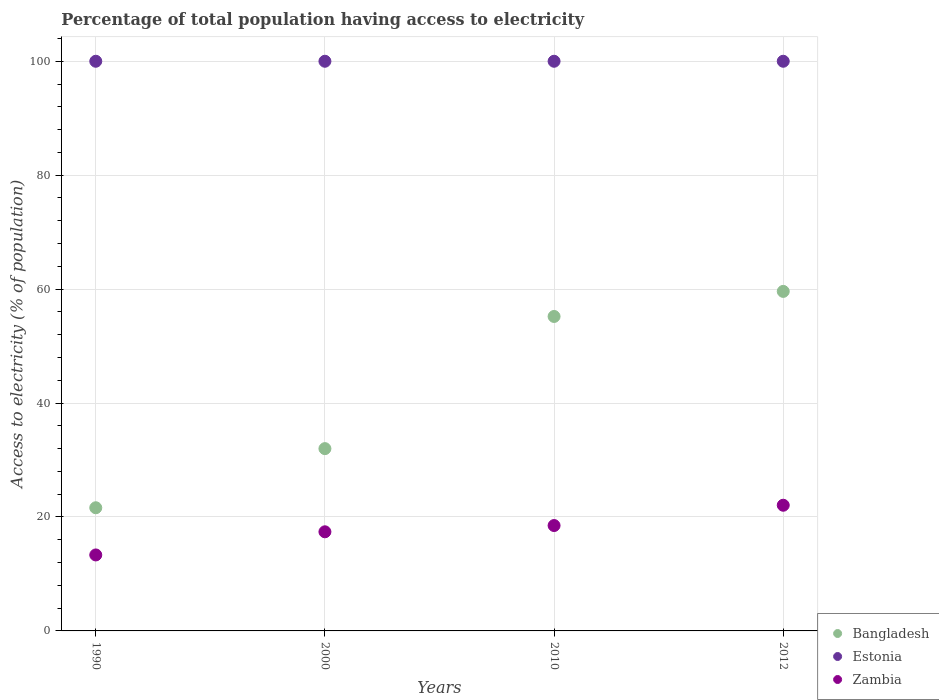
| Years | Bangladesh | Estonia | Zambia |
 | --- | --- | --- | --- |
 | 1990 | 21.6 | 100 | 13.3 |
 | 2000 | 32 | 100 | 17.4 |
 | 2010 | 55.2 | 100 | 18.5 |
 | 2012 | 59.6 | 100 | 22.1 |